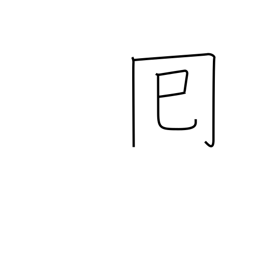
Meaning: round